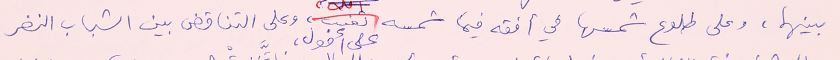
بينهما، وعلى طلوع شمسها في أفقه فيما شمسه على أفول، وعلى التناقض بين الشباب النضر